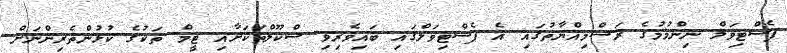
ފެސްޓިވަލް ނިންމުމުގެ ރަސްމިއްޔާތުގައި އެ ފެސްޓިވަލްގައި ބައިވެރިވި ސްކޫލްތަކަށާއި ޓީމް ތަކުގެ ކުޅުންތެރިންނަށް